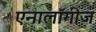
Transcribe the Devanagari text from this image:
एनालॉगीज